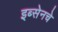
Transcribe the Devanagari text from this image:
इब्सेनचे